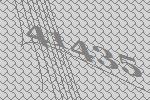
41435